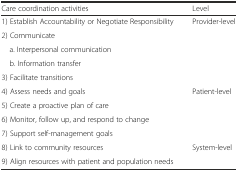
<table><thead><tr><td><b>Care coordination activities</b></td><td><b>Level</b></td></tr></thead><tbody><tr><td>1) Establish Accountability or Negotiate Responsibility</td><td rowspan="5">Provider-level</td></tr><tr><td>2) Communicate</td></tr><tr><td> a. Interpersonal communication</td></tr><tr><td> b. Information transfer</td></tr><tr><td>3) Facilitate transitions</td></tr><tr><td>4) Assess needs and goals</td><td rowspan="4">Patient-level</td></tr><tr><td>5) Create a proactive plan of care</td></tr><tr><td>6) Monitor, follow up, and respond to change</td></tr><tr><td>7) Support self-management goals</td></tr><tr><td>8) Link to community resources</td><td rowspan="2">System-level</td></tr><tr><td>9) Align resources with patient and population needs</td></tr></tbody></table>